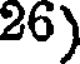
26)